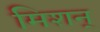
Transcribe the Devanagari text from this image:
मिशन्‌